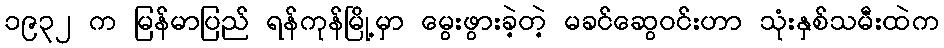
၁၉၃၂ က မြန်မာပြည် ရန်ကုန်မြို့မှာ မွေးဖွားခဲ့တဲ့ မခင်ဆွေဝင်းဟာ သုံးနှစ်သမီးထဲက